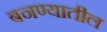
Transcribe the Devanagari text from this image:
बनण्यातील